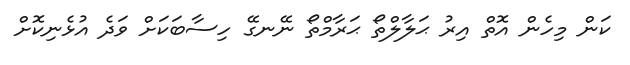
ކަން މިހެން އޮތް އިރު ޙަލާލްތޯ ޙަރާމްތޯ ނޭނގޭ ހިސާބަކަށް ވަދެ އުޅެނިކޮށް